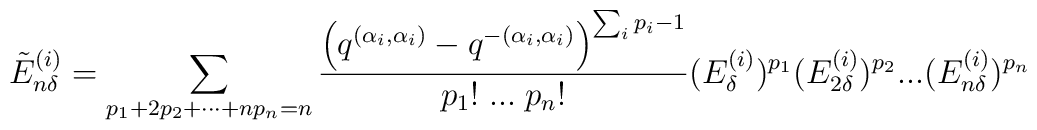
\tilde{E}^{(i)}_{n\delta}=\sum_{p_1+2p_2+\cdots+np_n=n}  \frac{\left ( q^{(\alpha_i,\alpha_i)}-q^{-(\alpha_i,\alpha_i)}  \right )^{\sum_ip_i-1}}  {p_1!\;...\;p_n!}(E^{(i)}_{\delta})^{p_1}(E^{(i)}_{2\delta})^{p_2}...  (E^{(i)}_{n\delta})^{p_n}